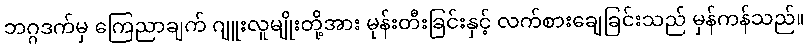
ဘဂ္ဂဒက်မှ ကြေညာချက် ဂျူးလူမျိုးတို့အား မုန်းတီးခြင်းနှင့် လက်စားချေခြင်းသည် မှန်ကန်သည်။